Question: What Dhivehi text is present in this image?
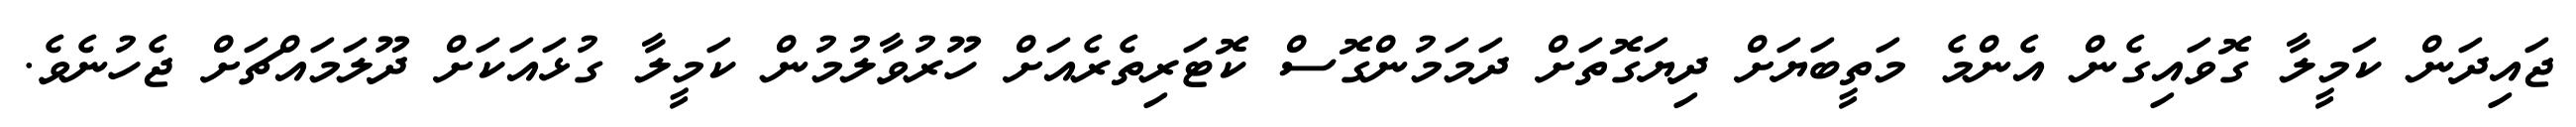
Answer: ޖައިދަން ކަމީލާ ގޮވައިގެން އެންމެ މަތީބަޔަށް ދިޔަގޮތަށް ދަމަމުންގޮސް ކޮޓަރިތެރެއަށް ހޫރުވާލުމުން ކަމީލާ ގުޅައަކަށް ދޫލަމައްޗަށް ޖެހުނެވެ.